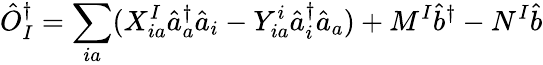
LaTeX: \hat{O}_{I}^{\dagger}=\sum_{ia}(X_{ia}^{I}\hat{a}_{a}^{\dagger}\hat{a}_{i}-Y_{ia}^{i}\hat{a}_{i}^{\dagger}\hat{a}_{a})+M^{I}\hat{b}^{\dagger}-N^{I}\hat{b}